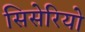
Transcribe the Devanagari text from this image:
सिसेरियो